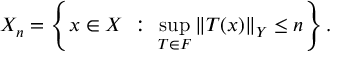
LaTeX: X _ { n } = \left\{ x \in X \ : \ \sup _ { T \in F } \| T ( x ) \| _ { Y } \leq n \right\} .